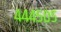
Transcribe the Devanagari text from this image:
४४४५०५